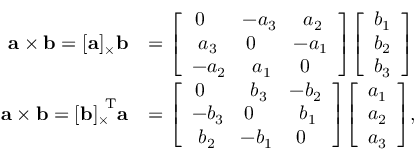
{ \begin{array} { r l } { \mathbf { a } \times \mathbf { b } = [ \mathbf { a } ] _ { \times } \mathbf { b } } & { = { \left[ \begin{array} { l l l } { \, 0 } & { \! - a _ { 3 } } & { \, \, a _ { 2 } } \\ { \, \, a _ { 3 } } & { 0 } & { \! - a _ { 1 } } \\ { - a _ { 2 } } & { \, \, a _ { 1 } } & { \, 0 } \end{array} \right] } { \left[ \begin{array} { l } { b _ { 1 } } \\ { b _ { 2 } } \\ { b _ { 3 } } \end{array} \right] } } \\ { \mathbf { a } \times \mathbf { b } = { [ \mathbf { b } ] _ { \times } } ^ { \mathrm { \! \! T } } \mathbf { a } } & { = { \left[ \begin{array} { l l l } { \, 0 } & { \, \, b _ { 3 } } & { \! - b _ { 2 } } \\ { - b _ { 3 } } & { 0 } & { \, \, b _ { 1 } } \\ { \, \, b _ { 2 } } & { \! - b _ { 1 } } & { \, 0 } \end{array} \right] } { \left[ \begin{array} { l } { a _ { 1 } } \\ { a _ { 2 } } \\ { a _ { 3 } } \end{array} \right] } , } \end{array} }